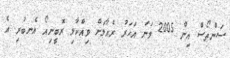
ސަންތޯސް އިން 2005 ވަނަ އަހަރު ރެއާލަށް ވިއްކާލި ރޮބީނިއޯ އެނބުރި އެ